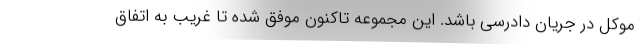
موکل در جریان دادرسی باشد. این مجموعه تاکنون موفق شده تا غریب به اتفاق